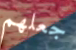
جعلهم